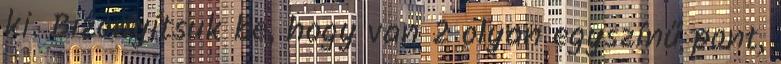
ki. Bizonyítsuk be, hogy van 2 olyan egyszínű pont,